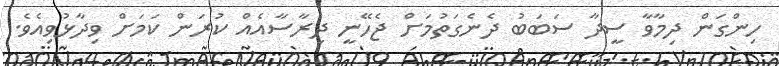
ހިންގަން ދިމާވާ ސީދާ ސަބަބު ދެނެގަތުމަށް ޖެހޭނީ ދިރާސާއެއް ކުރަން ކަމަށް ވިދާޅުވިއެވެ.